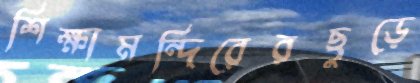
শিক্ষামন্দিরেরছুড়ে